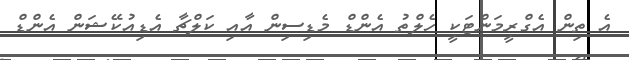
އެ ތިން އެގްރީމަންޓަކީ ހެލްތު އެންޑް މެޑިސިން އާއި ކަލްޗާ އެޑިއުކޭޝަން އެންޑް